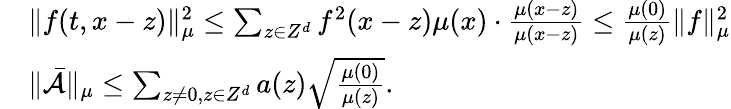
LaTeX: \begin{array}{rl}&{\| f(t,x-z)\| _{\mu}^{2}\leq\sum_{z\in Z^{d}}f^{2}(x-z)\mu(x)\cdot\frac{\mu(x-z)}{\mu(x-z)}\leq\frac{\mu(0)}{\mu(z)}\| f\| _{\mu}^{2}}\\ &{\| \bar{\mathcal{A}}\| _{\mu}\leq\sum_{z\neq 0,z\in Z^{d}}a(z)\sqrt{\frac{\mu(0)}{\mu(z)}}.}\end{array}